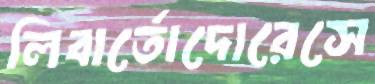
লিবার্তোদোরেসে